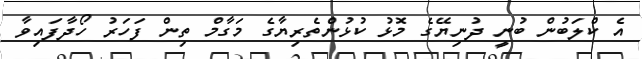
އެ ކްލަބުން ބުނީ ދުނިޔޭގެ މޮޅު ކުޅުންތެރިޔާގެ މަގާމް ތިން ފަހަރު ހޯދާފައިވާ